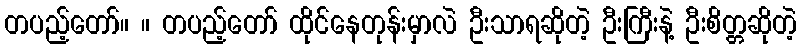
တပည့်တော်။ ။ တပည့်တော် ထိုင်နေတုန်းမှာလဲ ဦးသာရဆိုတဲ့ ဦးကြီးနဲ့ ဦးစိတ္တဆိုတဲ့